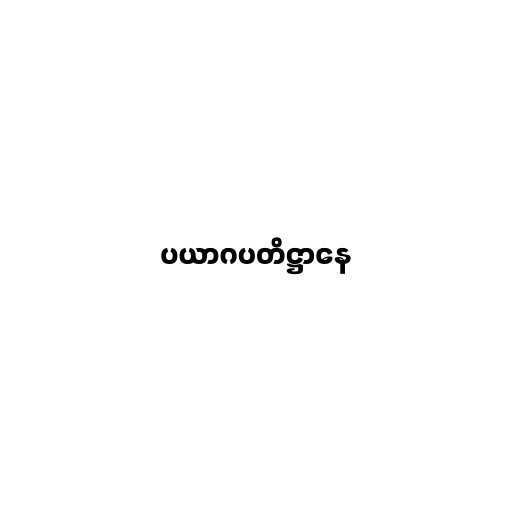
ပယာဂပတိဋ္ဌာနေ